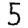
Digit: 5